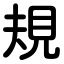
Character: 規